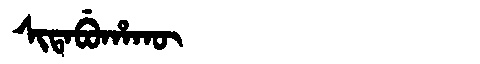
Manchu: ᠰᡳᡨᠠᠪᡠᡥᠠᡴᡡ
Romanization: SITABUHAKŪ